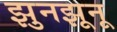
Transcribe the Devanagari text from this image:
झुनझूनू